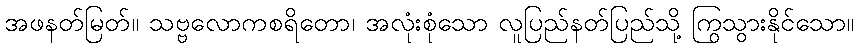
အဖနတ်မြတ်။ သဗ္ဗလောကစရိတော၊ အလုံးစုံသော လူပြည်နတ်ပြည်သို့ ကြွသွားနိုင်သော။